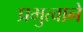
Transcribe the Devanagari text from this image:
प्रभुत्वाने